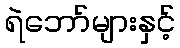
ရဲဘော်များနှင့်